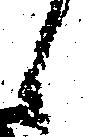
候